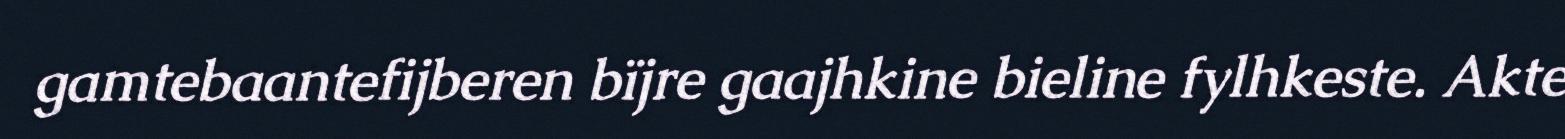
gamtebaantefijberen bïjre gaajhkine bieline fylhkeste. Akte